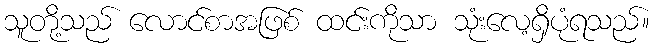
သူတို့သည် လောင်စာအဖြစ် ထင်းကိုသာ သုံးလေ့ရှိပုံရသည်။